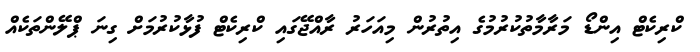
ކްރިކެޓް އިންޑޯ މަރާމާތުކުރުމުގެ އިތުރުން މިއަހަރު ރާއްޖޭގައި ކްރިކެޓް ފުޅާކުރުމަށް ގިނަ ޕްލޭންތަކެއް